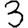
Digit: 3